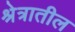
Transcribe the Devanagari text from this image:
श्रेत्रातील